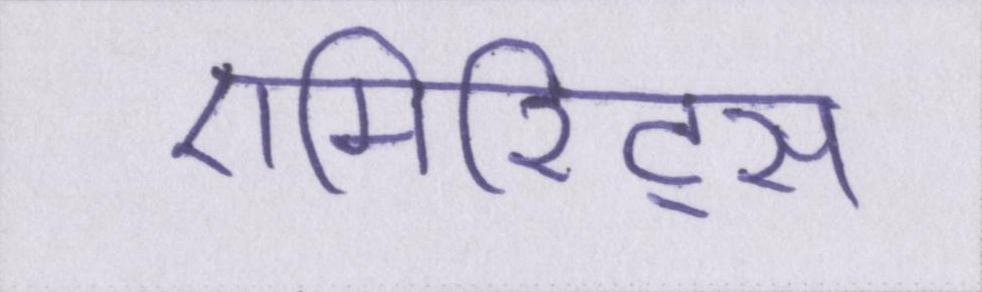
एमिरिट्स